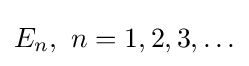
E_{n},\ n=1,2,3,\ldots